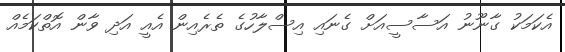
އެކަމަކު ގާނޫނު އަސާސީއަށް ގެނައި އިސްލާހުގެ ތެރެއިން އެއީ އަދި ވާން އޮތްކަމެއް